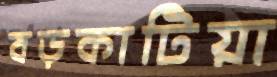
বড়কাটিয়া